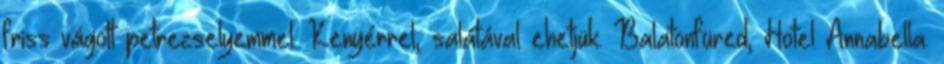
friss vágott petrezselyemmel. Kenyérrel, salátával ehetjük. Balatonfüred, Hotel Annabella.